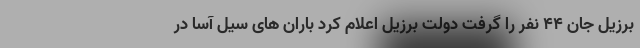
برزیل جان ۴۴ نفر را گرفت دولت برزیل اعلام کرد باران های سیل آسا در